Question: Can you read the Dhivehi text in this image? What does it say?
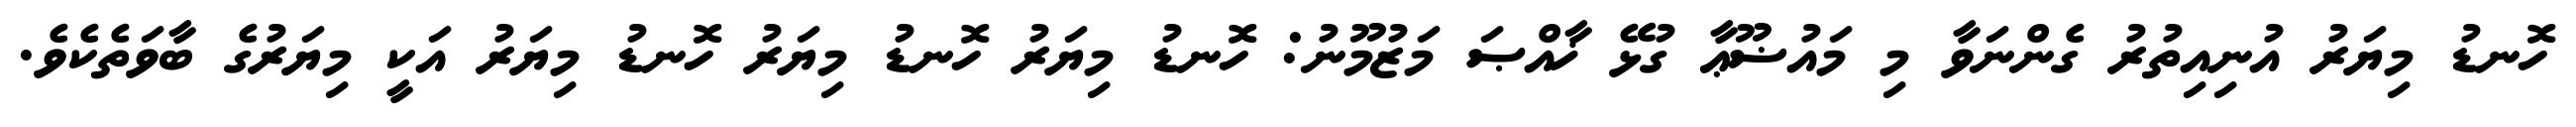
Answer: ހޮނޑު މިޔަރު އުނިއިތުރު ގެންނަވާ މި މައުޟޫޢާ ގުޅޭ ޚާއްޞަ މަޒުމޫނު: ހޮނޑު މިޔަރު ހޮނޑު މިޔަރު ހޮނޑު މިޔަރު އަކީ މިޔަރުގެ ބާވަތެކެވެ.